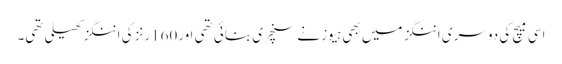
اسی میچ کی دوسری اننگز میں بھی ہیوز نے سنچری بنائی تھی اور160رنز کی اننگز کھیلی تھی۔